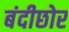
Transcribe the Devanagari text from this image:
बंदीछोर